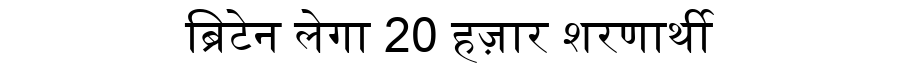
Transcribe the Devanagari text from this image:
ब्रिटेन लेगा 20 हज़ार शरणार्थी